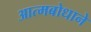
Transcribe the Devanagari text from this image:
आत्मबोधाने